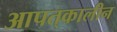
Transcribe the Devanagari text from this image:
आपत्‌कालीन